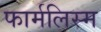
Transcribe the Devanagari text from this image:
फार्मलिस्म